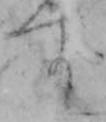
す